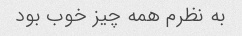
به نظرم همه چیز خوب بود